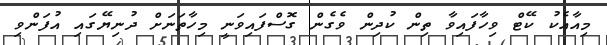
މިއާއެކު ކޭޓް ވިހާފައިވާ ތިން ކުދިން ވެގެން ގޮސްފައިވަނީ މިހާތަނަށް ދުނިޔޭގައި އުފަންވި